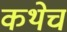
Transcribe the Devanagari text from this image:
कथेचं